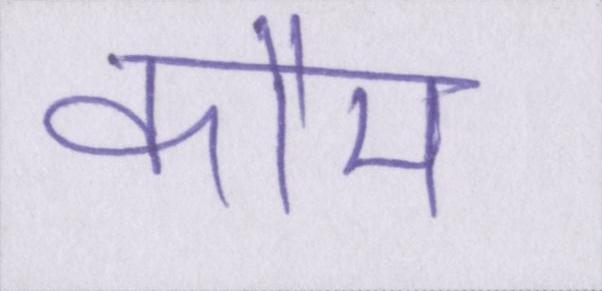
कौम